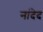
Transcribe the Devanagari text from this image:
नांदेद